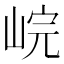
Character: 𡷗